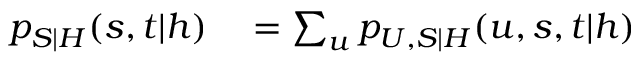
\begin{array} { r l } { p _ { S | H } ( s , t | h ) } & { { } = \sum _ { u } p _ { U , S | H } ( u , s , t | h ) } \end{array}